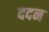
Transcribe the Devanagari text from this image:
ददन